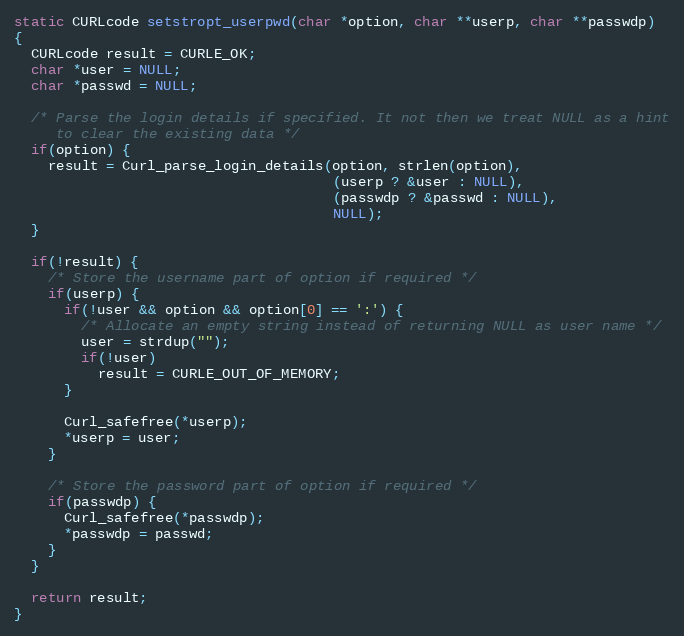
Language: C
static CURLcode setstropt_userpwd(char *option, char **userp, char **passwdp)
{
  CURLcode result = CURLE_OK;
  char *user = NULL;
  char *passwd = NULL;

  /* Parse the login details if specified. It not then we treat NULL as a hint
     to clear the existing data */
  if(option) {
    result = Curl_parse_login_details(option, strlen(option),
                                      (userp ? &user : NULL),
                                      (passwdp ? &passwd : NULL),
                                      NULL);
  }

  if(!result) {
    /* Store the username part of option if required */
    if(userp) {
      if(!user && option && option[0] == ':') {
        /* Allocate an empty string instead of returning NULL as user name */
        user = strdup("");
        if(!user)
          result = CURLE_OUT_OF_MEMORY;
      }

      Curl_safefree(*userp);
      *userp = user;
    }

    /* Store the password part of option if required */
    if(passwdp) {
      Curl_safefree(*passwdp);
      *passwdp = passwd;
    }
  }

  return result;
}